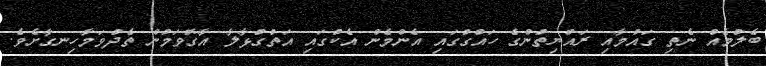
ބެލުމެއް ނެތި ގައުމާއި ރައްޔިތުންގެ ހައްގުގައި އެންމެން އެކުގައި އަތުގުޅާލާ އާގޮވަމުން ތެދުވަމާހިނގާށެވެ.